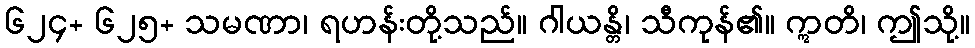
၆၂၄+ ၆၂၅+ သမဏာ၊ ရဟန်းတို့သည်။ ဂါယန္တိ၊ သီကုန်၏။ ဣတိ၊ ဤသို့။